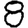
Digit: 8